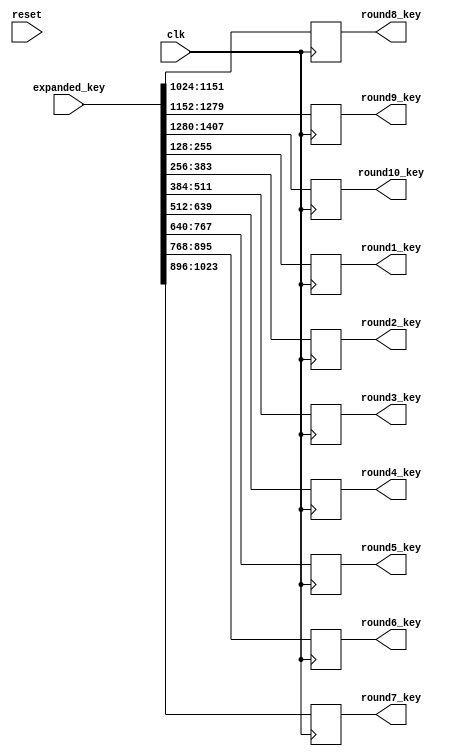
`timescale 1ns / 1ps


module key_scheduler(
	input wire clk,
	input wire reset,
	input wire[1407:0] expanded_key,
	output wire [127:0] round1_key,
	output wire [127:0] round2_key,
	output wire [127:0] round3_key,
	output wire [127:0] round4_key,
	output wire [127:0] round5_key,
	output wire [127:0] round6_key,
	output wire [127:0] round7_key,	
	output wire [127:0] round8_key,
	output wire [127:0] round9_key,
	output wire [127:0] round10_key
	);
	
	//Internal logic
	reg [1407:0] expanded_key_temp;
	reg [127:0] round1_key_reg; 
	reg [127:0] round1_key_next;
	reg [127:0] round2_key_reg; 
	reg [127:0] round2_key_next;
	reg [127:0] round3_key_reg; 
	reg [127:0] round3_key_next;
	reg [127:0] round4_key_reg; 
	reg [127:0] round4_key_next;
	reg [127:0] round5_key_reg; 
	reg [127:0] round5_key_next;
	reg [127:0] round6_key_reg; 
	reg [127:0] round6_key_next;
	reg [127:0] round7_key_reg; 
	reg [127:0] round7_key_next;
	reg [127:0] round8_key_reg; 
	reg [127:0] round8_key_next;
	reg [127:0] round9_key_reg; 
	reg [127:0] round9_key_next;
	reg [127:0] round10_key_reg; 
	reg [127:0] round10_key_next;
	
	
	always @(posedge clk)
    begin
        round1_key_reg <= round1_key_next;
        round2_key_reg <= round2_key_next;
        round3_key_reg <= round3_key_next;
        round4_key_reg <= round4_key_next;
	    round5_key_reg <= round5_key_next;
        round6_key_reg <= round6_key_next;
        round7_key_reg <= round7_key_next;
        round8_key_reg <= round8_key_next;
        round9_key_reg <= round9_key_next;
        round10_key_reg <= round10_key_next;

	    
    end
	
	always @*
    begin
    	//Combinational logic
		expanded_key_temp[1407:0] = expanded_key[1407:0];
	    
	    round1_key_next = expanded_key_temp[255:128];
	    round2_key_next = expanded_key_temp[383:256];
	    round3_key_next = expanded_key_temp[511:384];
	    round4_key_next = expanded_key_temp[639:512];
	    round5_key_next = expanded_key_temp[767:640];
	    round6_key_next = expanded_key_temp[895:768];
	    round7_key_next = expanded_key_temp[1023:896];
	    round8_key_next = expanded_key_temp[1151:1024];
	    round9_key_next = expanded_key_temp[1279:1152];
	    round10_key_next = expanded_key_temp[1407:1280];
	    
    end
    
    assign round1_key = round1_key_reg;
    assign round2_key = round2_key_reg;
    assign round3_key = round3_key_reg;
    assign round4_key = round4_key_reg;
    assign round5_key = round5_key_reg;
    assign round6_key = round6_key_reg;
    assign round7_key = round7_key_reg;
    assign round8_key = round8_key_reg;
    assign round9_key = round9_key_reg;
    assign round10_key = round10_key_reg;
    
endmodule